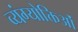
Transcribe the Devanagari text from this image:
व्यंग्योक्तिओं